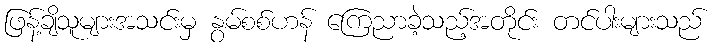
ဖြန့်ချိသူများအသင်းမှ နွမ်စစ်ဟန် ကြေညာခဲ့သည့်အတိုင်း တင်ပါးများသည်